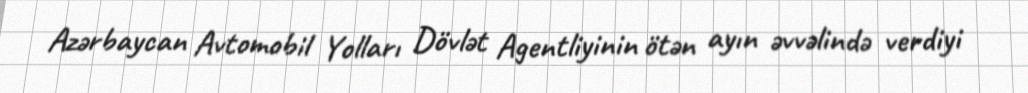
Azərbaycan Avtomobil Yolları Dövlət Agentliyinin ötən ayın əvvəlində verdiyi